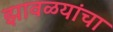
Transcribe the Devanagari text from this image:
झावळयांचा